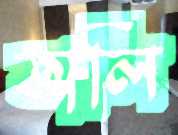
তালি